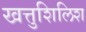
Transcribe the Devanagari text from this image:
खत्तुशिलिश